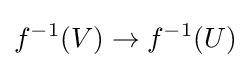
f^{-1}(V)\to f^{-1}(U)